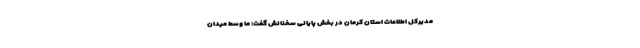
مدیرکل اطلاعات استان کرمان در بخش پایانی سخنانش گفت: ما وسط میدان